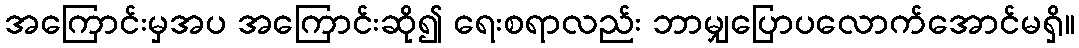
အကြောင်းမှအပ အကြောင်းဆို၍ ရေးစရာလည်း ဘာမျှပြောပလောက်အောင်မရှိ။